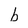
Character: b